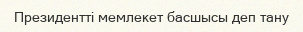
Президентті мемлекет басшысы деп тану